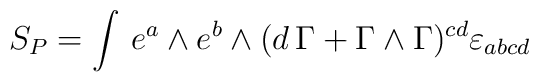
S_P = \int \, e^a \wedge e^b \wedge (d \, \Gamma +\Gamma \wedge \Gamma )^{cd} \varepsilon _{abcd} \label 3